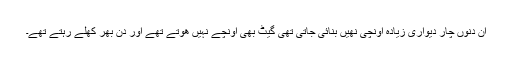
ان دنوں چار دیواری زیادہ اونچی نھیں بنائی جاتی تھی گیٹ بھی اونچے نہیں ھوتے تھے اور دن بھر کھلے رہتے تھے۔